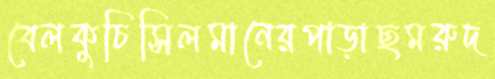
বেলকুচিসিলমানেরপাড়াছমরুদ